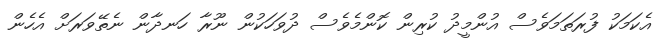
އެކަމަކު ފުރަތަމަވެސް އުންމީދު ކުރިން ކޮންމެވެސް ދުވަހަކުން ނޫރާ ހަނދާން ނެތޭވަރަށް އެހެން